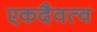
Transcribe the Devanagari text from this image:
एकदैवत्व